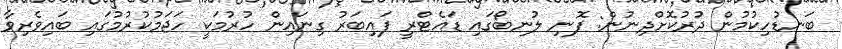
ބަނޑުހިކުމުން ދުރުކޮށްދިނުން: ފޮނި ލުނބޯގައި ޑައެޓްރީ ފައިބަރު ގިނައިން ހުރުމަކީ ހަޖަމުކުރުމުގައި ބައިވެރިވާ